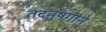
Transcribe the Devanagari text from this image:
तदनुषगांने